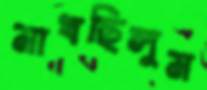
মাখছিলুম